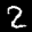
Label: 2